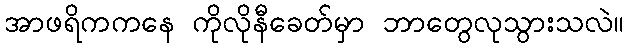
အာဖရိကကနေ ကိုလိုနီခေတ်မှာ ဘာတွေလုသွားသလဲ။